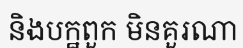
និងបក្ឋពួក មិនគួរណា